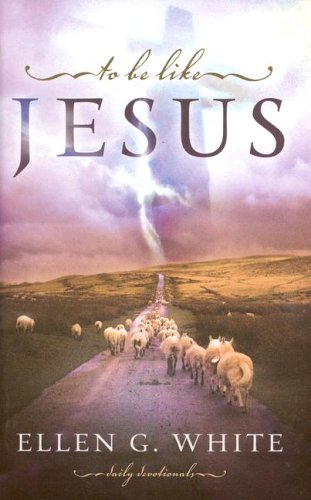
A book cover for To Be Like Jesus; Ellen Gould Harmon White; Christian Books & Bibles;